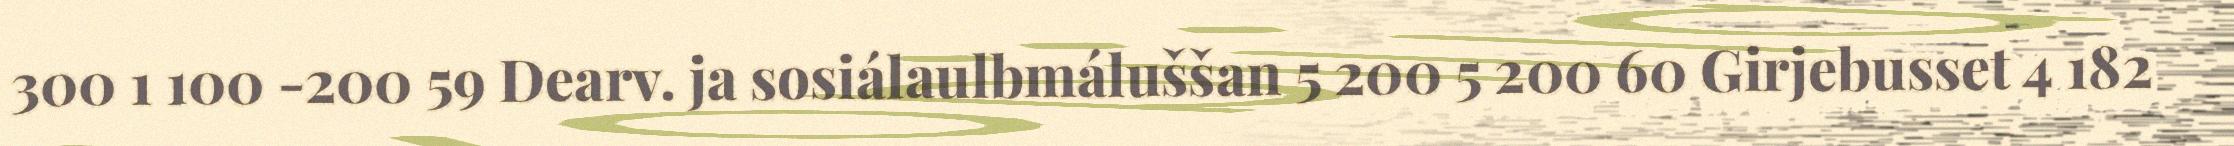
300 1 100 -200 59 Dearv. ja sosiálaulbmáluššan 5 200 5 200 60 Girjebusset 4 182